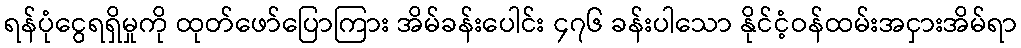
ရန်ပုံငွေရရှိမှုကို ထုတ်ဖော်ပြောကြား အိမ်ခန်းပေါင်း ၄၇၆ ခန်းပါသော နိုင်ငံ့ဝန်ထမ်းအငှားအိမ်ရာ